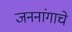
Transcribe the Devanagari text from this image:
जननांगाचे